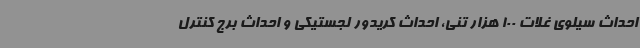
احداث سیلوی غلات 100 هزار تنی، احداث کریدور لجستیکی و احداث برج کنترل